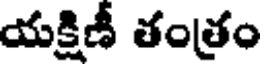
యక్షిణీ తంత్రం